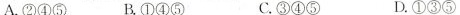
A.②④⑤ B.①④⑤ C.③④⑤ D.①③⑤